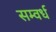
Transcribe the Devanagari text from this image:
सम्वर्ध